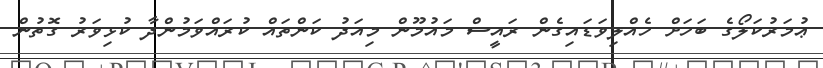
ޢުމަރުކަލޯގެ ބަހަށް ހެއްލިވަޑައިގެން ރައީސް މައުމޫން މިއަދު ކަންތައް ކުރައްވަމުންދާ ކުޅިވަރު ގޮތުން